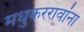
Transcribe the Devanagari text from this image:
मधुकररावांना